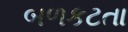
બળકટતા